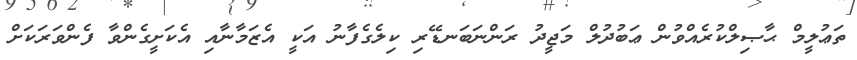
ތަޢުލީމް ޙާޞިލްކުރެއްވުން ޢަބުދުލް މަޖީދު ރަންނަބަނޑޭރި ކިލެގެފާނު އަކީ އެޒަމާނާއި އެކަށީގެންވާ ފެންވަރަކަށް